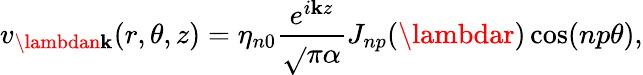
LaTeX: v_{\lambdan\mathbf{k}}(r,\theta,z)=\eta_{n0}\frac{{e^{i\mathbf{k}z}}}{{\sqrt{}{{\pi\alpha}}}}J_{np}(\lambdar)\cos(np\theta){,}